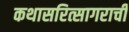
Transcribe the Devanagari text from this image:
कथासरित्सागराची